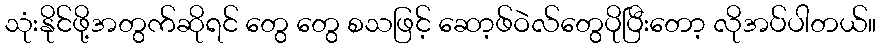
သုံးနိုင်ဖို့အတွက်ဆိုရင် တွေ တွေ စသဖြင့် ဆော့ဖ်ဝဲလ်တွေပိုပြီးတော့ လိုအပ်ပါတယ်။